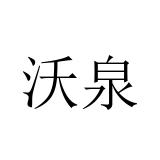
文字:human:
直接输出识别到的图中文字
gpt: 沃泉